Scottish Leaving Certificate Examination, 1951
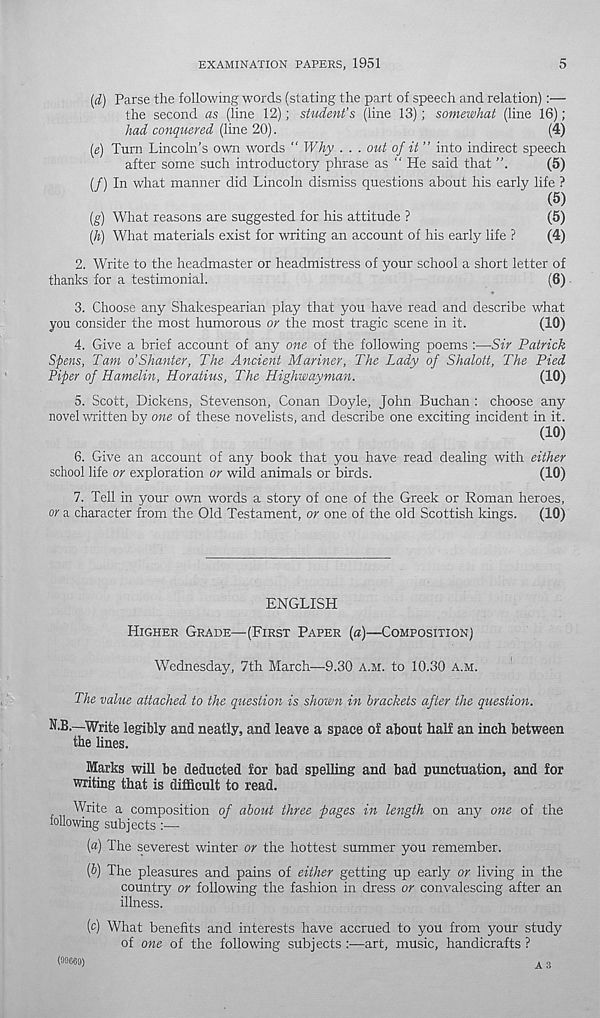
EXAMINATION PAPERS, 1951
5
(d) Parse the following words (stating the part of speech and relation):—
the second as (line 12); student’s (line 13); somewhat (line 16) ;
had conquered (line 20).
(4)
(e) Turn Lincoln’s own words “ Why . . . out of it ” into indirect speech
after some such introductory phrase as “ He said that
(5)
(/) In what manner did Lincoln dismiss questions about his early life ?
(g) What reasons are suggested for his attitude ?
(5)
(A) What materials exist for writing an account of his early life ?
(4)
2.
Write to the headmaster or headmistress of your sc
thanks for a testimonial.
(6)
3. Choose any Shakespearian play that you have read and describe what
you consider the most humorous or the most tragic scene in it.
(10)
4. Give a brief account of any one of the following poems :—Sir Patrick
Spens, Tam o’Shunter, The Ancient Mariner, The Lady of Shalott, The Pied
Piper of Hamelin, Horatius, The Highwayman.
(10)
5. Scott, Dickens, Stevenson, Conan Doyle, John Buchan : choose any
novel written by one of these novelists, and describe one exciting incident in it.
(10)
6. Give an account of any book that you have read dealing with either
school life or exploration or wild animals or birds.
(10)
7. Tell in your own words a story of one of the Greek or Roman heroes,
or a character from the Old Testament, or one of the old Scottish kings.
(10)
ENGLISH
HIGHER GRADE—(FIRST PAPER (a)—COMPOSITION)
Wednesday, 7th March—9.30 A.M. to 10.30 A.M.
The value attached to the question is shown in brackets after the question.
N.B.—Write legibly and neatly, and leave a space of about half an inch between
the lines.
Marks will be deducted for bad spelling and bad punctuation, and for
writing that is difficult to read.
Write a composition of about three pages in length on any one of the
following subjects
(fl) The severest winter or the hottest summer you remember.
[b) The pleasures and pains of either getting up early or living in the
country or following the fashion in dress or convalescing after an
illness.
(c) What benefits and interests have accrued to you from your study
of one of the following subjects :■—art, music, handicrafts ?
A s
(00669)